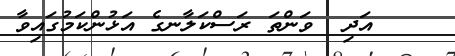
އަދި  ވަންތަ ރަސްކަލާނގެ އަޅުންކަމުގައިވާ